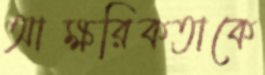
আক্ষরিকতাকে